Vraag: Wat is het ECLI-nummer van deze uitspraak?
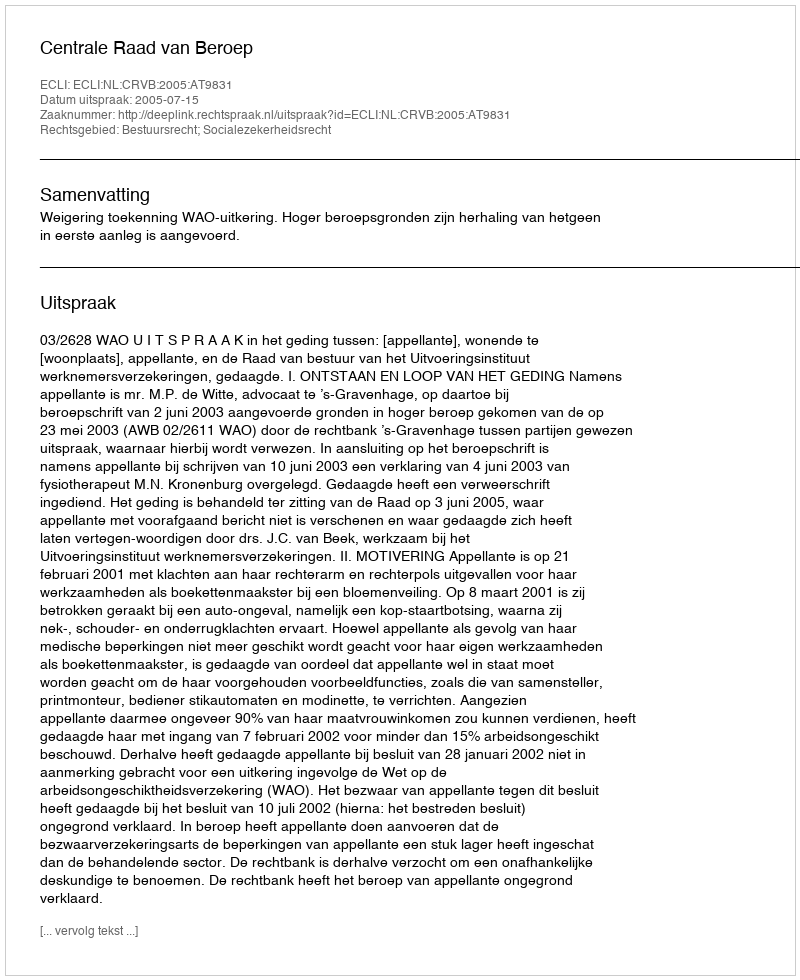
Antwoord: ECLI:NL:CRVB:2005:AT9831